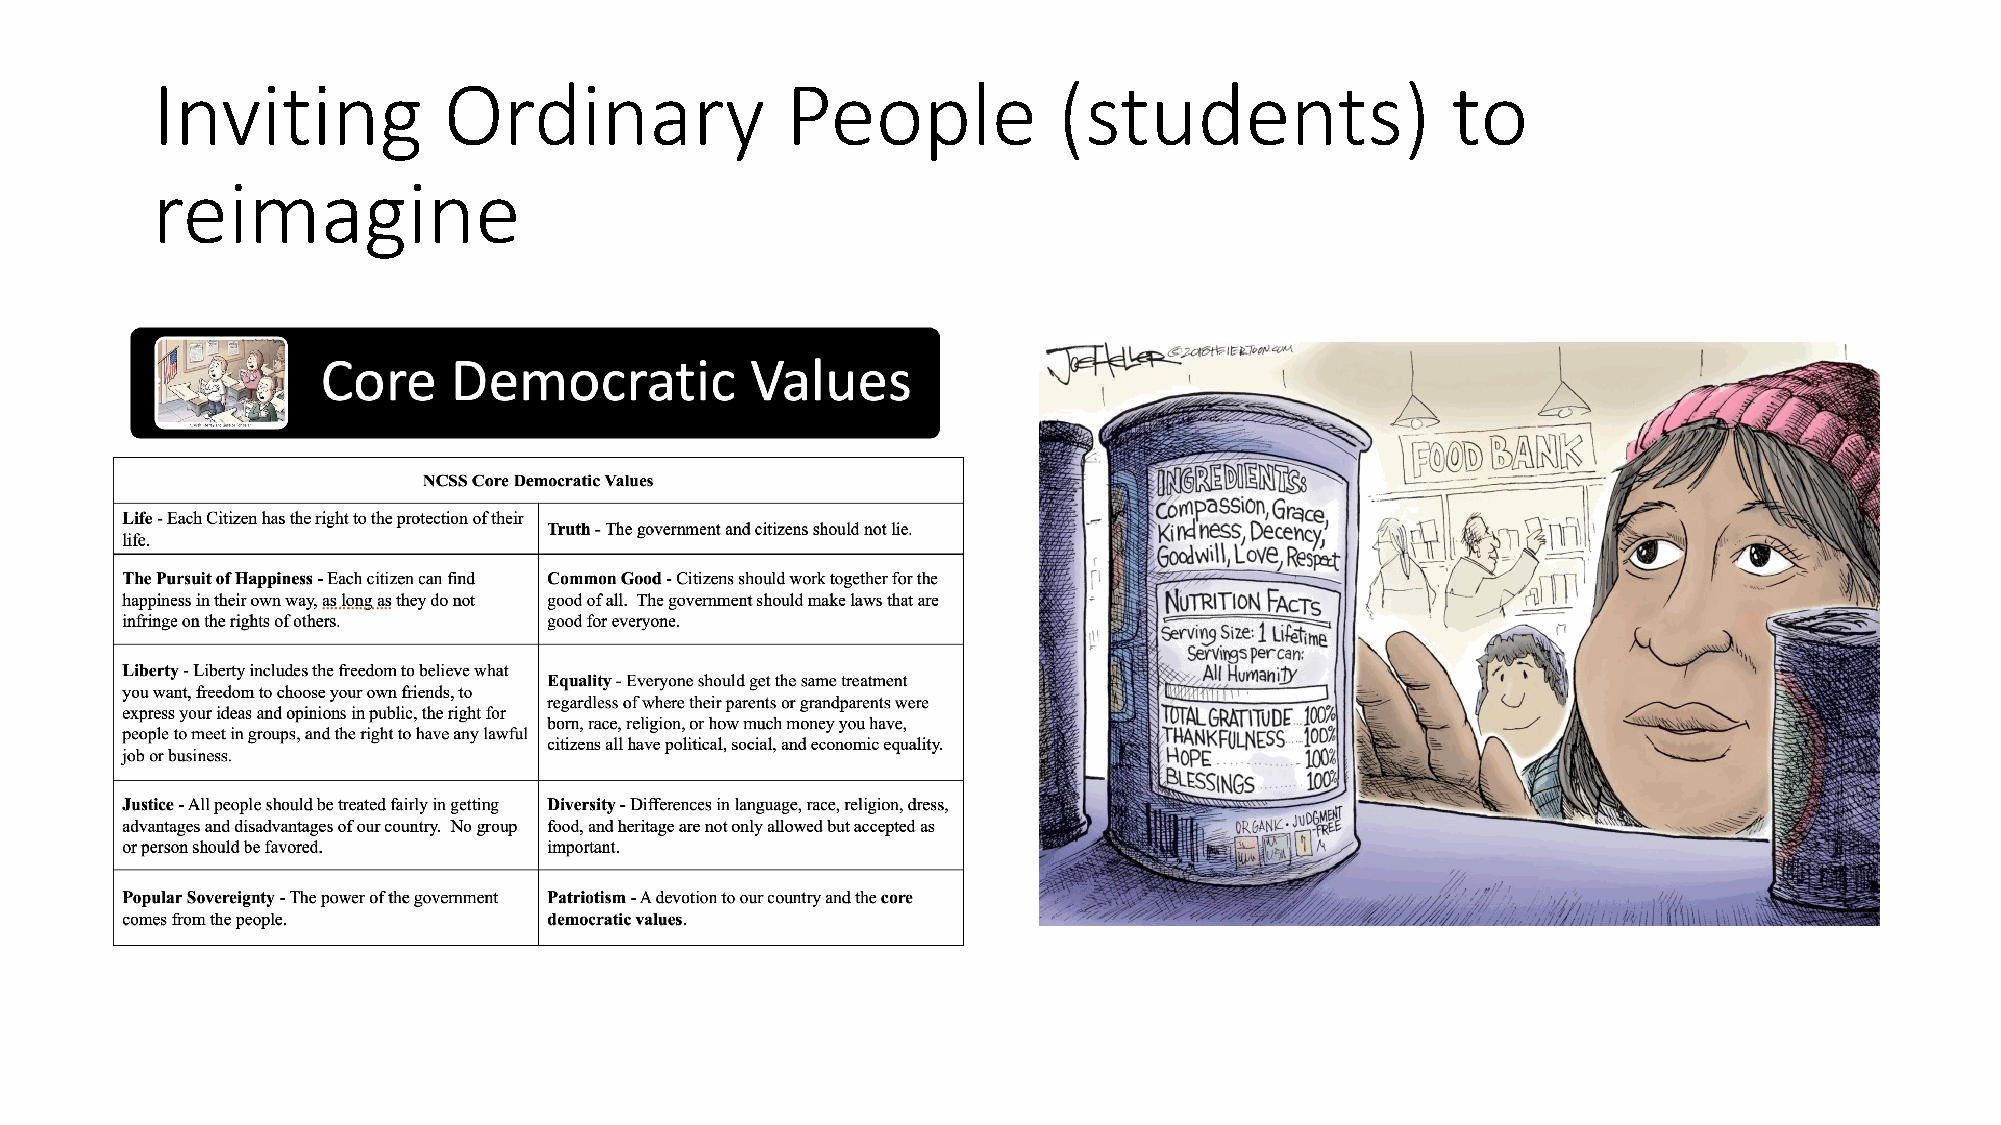
Inviting           Ordinary               People            (students)                to
 reimagine